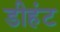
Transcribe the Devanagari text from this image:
डीहंट